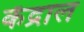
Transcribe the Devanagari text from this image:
केंद्राल